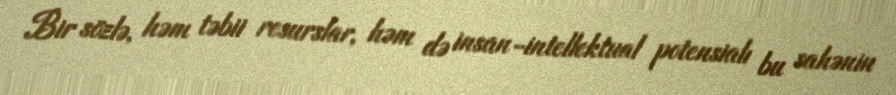
Bir sözlə, həm təbii resurslar, həm də insan-intellektual potensialı bu sahənin